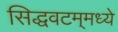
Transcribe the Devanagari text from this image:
सिद्धवटम्‌मध्ये